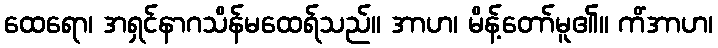
ထေရော၊ အရှင်နာဂသိန်မထေရ်သည်။ အာဟ၊ မိန့်တော်မူ၏။ ကိံအာဟ၊